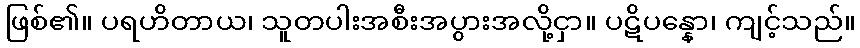
ဖြစ်၏။ ပရဟိတာယ၊ သူတပါးအစီးအပွားအလို့ငှာ။ ပဋိပန္နော၊ ကျင့်သည်။